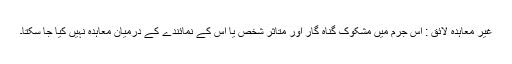
غیر معاہدہ لائق : اِس جرم میں مشکوک گناہ گار اَور متاثر شخص یا اُس کے نمائندے کے درمیان معاہدہ نہیں کیا جا سکتا۔